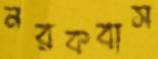
নরকবাস